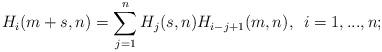
LaTeX: \begin{align*}H_i(m+s, n)=\sum_{j=1}^n H_j(s,n)H_{i-j+1}(m,n), \enskip i=1,...,n;\end{align*}